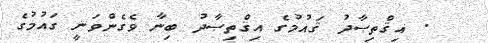
. އިޤްތިޞާދު ޤައުމުގެ އިޤްތިޞާދު ބިނާ ވެގެންވަނީ ގައުމުގެ